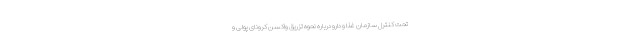
تحت کنترل سازمان غذا و دارو درباره نحوه تزریق واکسن کرونای پولی و